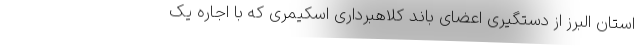
استان البرز از دستگیری اعضای باند کلاهبرداری اسکیمری که با اجاره یک